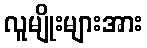
လူမျိုးများအား